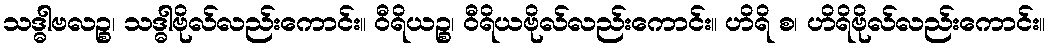
သဒ္ဓါဗလဉ္စ၊ သဒ္ဓါဗိုလ်လည်းကောင်း။ ဝီရိယဉ္စ၊ ဝီရိယဗိုလ်လည်းကောင်း။ ဟိရိ စ၊ ဟိရိဗိုလ်လည်းကောင်း။